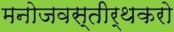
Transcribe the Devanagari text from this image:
मनोजवस्तीर्थकरो